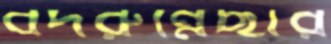
বদরুন্নেছার